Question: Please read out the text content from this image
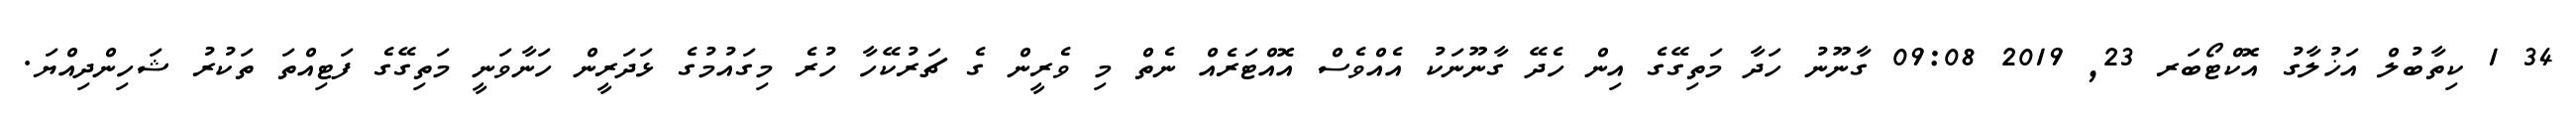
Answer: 34 1 ކިތާބުލް އަޚުލާގު އޮކްޓޯބަރ 23, 2019 09:08 ގާނޫނު ހަދާ މަތިގޭގެ އިން ހެދޭ ގާނޫނަކު އެއްވެސް އޮއްޓަރެއް ނެތް މި ވެރީން ގެ ޗަރުކޭހާ ހުރެ މިގައުމުގެ ޅަދަރީން ހަނާވަނީ މަތިގޭގެ ފަޓިއްތަ ތަކުރު ޝަހިންދިއްޔަ.